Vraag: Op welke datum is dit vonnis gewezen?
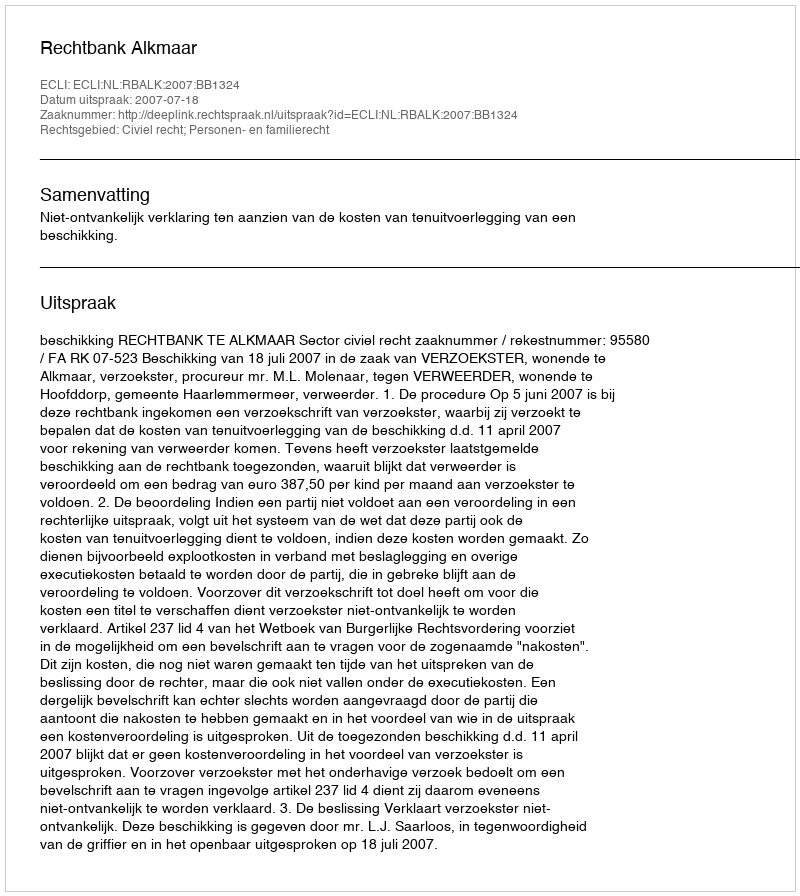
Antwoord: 2007-07-18